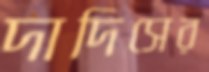
দাদিসের